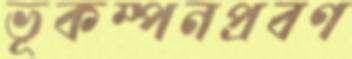
ভূকম্পনপ্রবণ